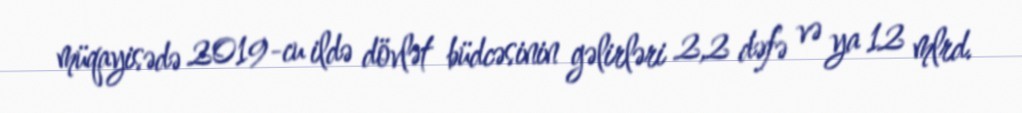
müqayisədə 2019-cu ildə dövlət büdcəsinin gəlirləri 2,2 dəfə və ya 12 mlrd.